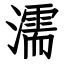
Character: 濡